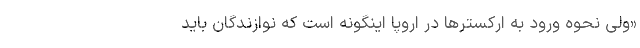
«ولی نحوه ورود به ارکسترها در اروپا اینگونه است که نوازندگان باید